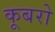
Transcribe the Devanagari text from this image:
कूबरो